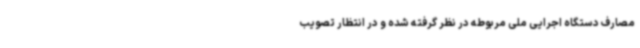
مصارف دستگاه اجرایی ملی مربوطه در نظر گرفته شده و در انتظار تصویب